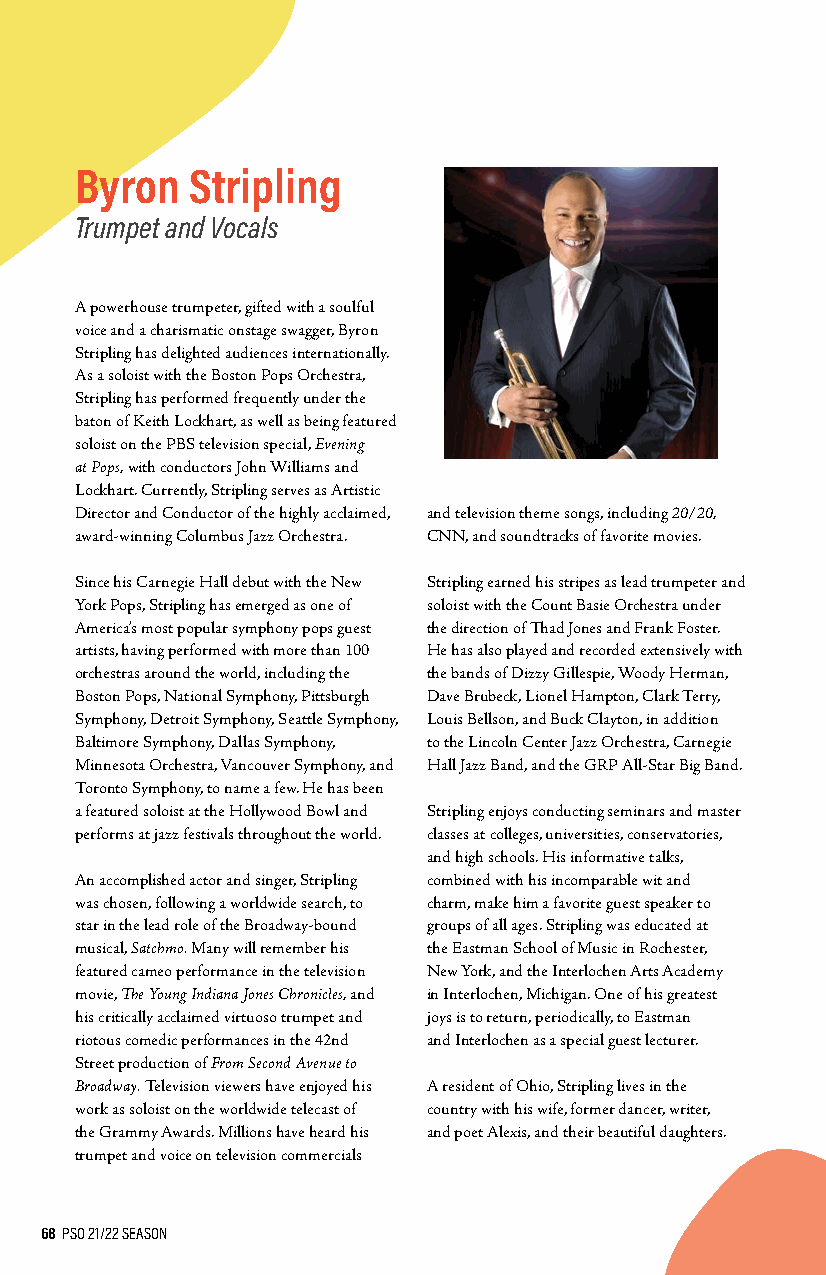
Byron  Stripling
 Trumpet and Vocals
 A powerhouse trumpeter, gifted with a soulful
 voice and a charismatic onstage swagger, Byron
 Stripling has delighted audiences internationally.
 As a soloist with the Boston Pops Orchestra,
 Stripling has performed frequently under the
 baton of Keith Lockhart, as well as being featured
 soloist on the PBS television special, Evening
 at Pops, with conductors John Williams and
 Lockhart. Currently, Stripling serves as Artistic
 Director and Conductor of the highly acclaimed, and television theme songs, including 20/20,
 award-winning Columbus Jazz Orchestra. CNN, and soundtracks of favorite movies.
 Since his Carnegie Hall debut with the New Stripling earned his stripes as lead trumpeter and
 York Pops, Stripling has emerged as one of soloist with the Count Basie Orchestra under
 America’s most popular symphony pops guest the direction of Thad Jones and Frank Foster.
 artists, having performed with more than 100 He has also played and recorded extensively with
 orchestras around the world, including the the bands of Dizzy Gillespie, Woody Herman,
 Boston Pops, National Symphony, Pittsburgh Dave Brubeck, Lionel Hampton, Clark Terry,
 Symphony, Detroit Symphony, Seattle Symphony, Louis Bellson, and Buck Clayton, in addition
 Baltimore Symphony, Dallas Symphony, to the Lincoln Center Jazz Orchestra, Carnegie
 Minnesota Orchestra, Vancouver Symphony, and Hall Jazz Band, and the GRP All-Star Big Band.
 Toronto Symphony, to name a few. He has been
 a featured soloist at the Hollywood Bowl and Stripling enjoys conducting seminars and master
 performs at jazz festivals throughout the world. classes at colleges, universities, conservatories,
 and high schools. His informative talks,
 An accomplished actor and singer, Stripling combined with his incomparable wit and
 was chosen, following a worldwide search, to charm, make him a favorite guest speaker to
 star in the lead role of the Broadway-bound groups of all ages. Stripling was educated at
 musical, Satchmo. Many will remember his the Eastman School of Music in Rochester,
 featured cameo performance in the television New York, and the Interlochen Arts Academy
 movie, The Young Indiana Jones Chronicles, and in Interlochen, Michigan. One of his greatest
 his critically acclaimed virtuoso trumpet and joys is to return, periodically, to Eastman
 riotous comedic performances in the 42nd and Interlochen as a special guest lecturer.
 Street production of From Second Avenue to
 Broadway. Television viewers have enjoyed his A resident of Ohio, Stripling lives in the
 work as soloist on the worldwide telecast of country with his wife, former dancer, writer,
 the Grammy Awards. Millions have heard his and poet Alexis, and their beautiful daughters.
 trumpet and voice on television commercials
 68 PSO 21/22 SEASON